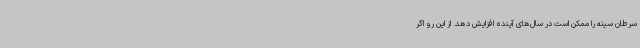
سرطان سینه را ممکن است در سال‌های آینده افزایش دهد. از این رو اگر